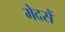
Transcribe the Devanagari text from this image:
मेदसैं